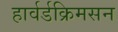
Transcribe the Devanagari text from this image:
हार्वर्डक्रिमसन